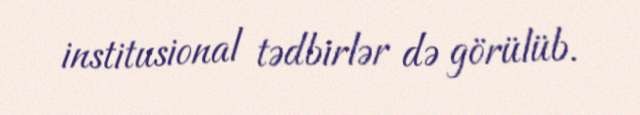
institusional tədbirlər də görülüb.